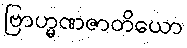
ဗြာဟ္မဏဇာတိယော